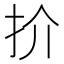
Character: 扴